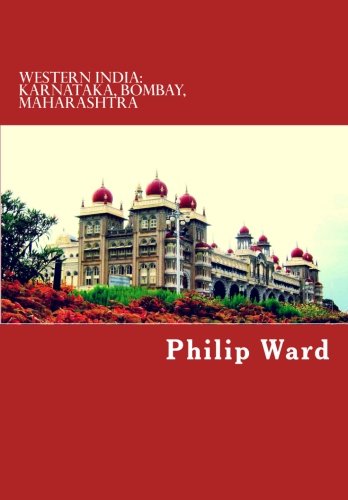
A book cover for Western India: Karnataka, Bombay, Maharashtra (Oleander Travel Books); Philip Ward; Travel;